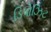
ડિપોઝિટ